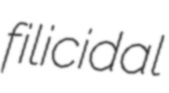
filicidal